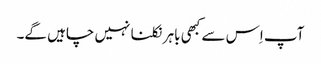
آپ اِس سے کبھی باہر نکلنا نہیں چاہیں گے۔